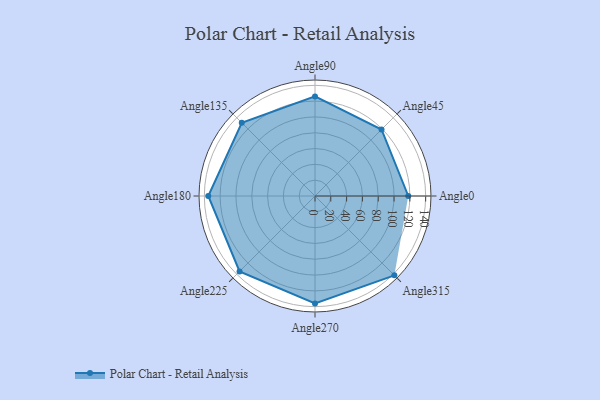
{"axis": {"x": "Angle", "y": "Radius"}, "legend": [""], "data": [{"x": "Angle0", "y": 118.0, "type": ""}, {"x": "Angle45", "y": 119.0, "type": ""}, {"x": "Angle90", "y": 126.0, "type": ""}, {"x": "Angle135", "y": 131.0, "type": ""}, {"x": "Angle180", "y": 135.0, "type": ""}, {"x": "Angle225", "y": 135.0, "type": ""}, {"x": "Angle270", "y": 136.0, "type": ""}, {"x": "Angle315", "y": 142.0, "type": ""}]}